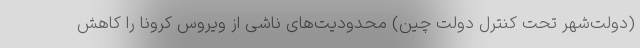
(دولت‌شهر تحت کنترل دولت چین) محدودیت‌های ناشی از ویروس کرونا را کاهش